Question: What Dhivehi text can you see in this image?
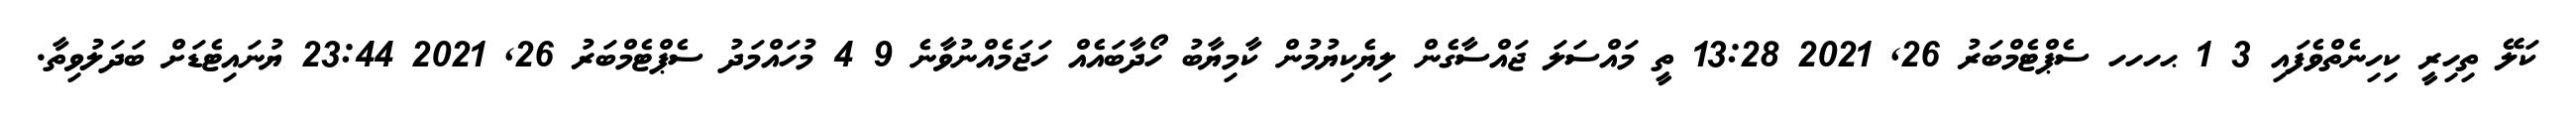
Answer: ކަލޭ ތިހިރީ ކިހިނެތްވެފައި 3 1 ޙހހހ ސެޕްޓެމްބަރު 26, 2021 13:28 ތީ މައްސަލަ ޖައްސާގެން ލިޔެކިޔުމުން ކާމިޔާބު ހޯދާބައެއް ހަޖަމެއްނުވާނެ 9 4 މުހައްމަދު ސެޕްޓެމްބަރު 26, 2021 23:44 ޔުނައިޓެޑަށް ބަދަލުވިތާ.